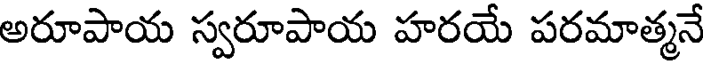
అరూపాయ స్వరూపాయ హరయే పరమాత్మనే